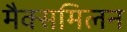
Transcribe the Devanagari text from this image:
मैक्समिलन